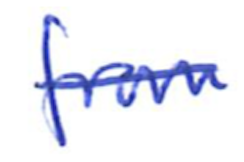
Text: from
Cross-out: single-line
Writing tool: ballpoint